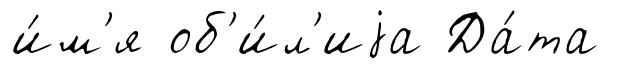
и́м'я об'и́л'иjа Да́та